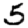
Digit: 5